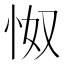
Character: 怓